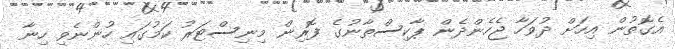
އެގޮތުން އިހަށް ދުވަހާ ޖެހެންދެން ޕާކިސްތާނުގެ ފޮރިން މިނިސްޓަރު ކަމުގައި ހުންނެވި ހިނާ